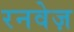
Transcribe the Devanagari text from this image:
रनवेज़